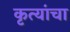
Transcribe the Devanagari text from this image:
कृत्यांचा